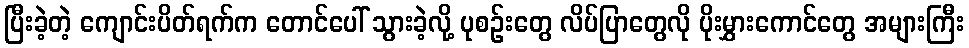
ပြီးခဲ့တဲ့ ကျောင်းပိတ်ရက်က တောင်ပေါ် သွားခဲ့လို့ ပုစဉ်းတွေ လိပ်ပြာတွေလို ပိုးမွှားကောင်တွေ အများကြီး